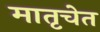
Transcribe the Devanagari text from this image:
मातृचेत